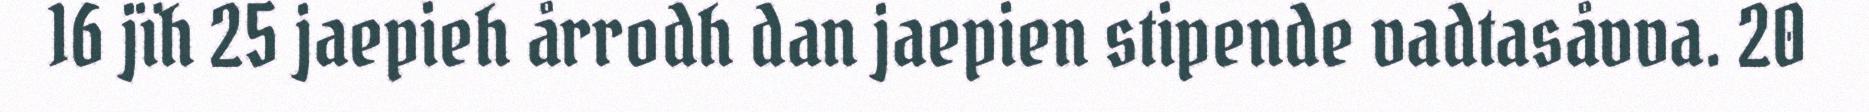
16 jïh 25 jaepieh årrodh dan jaepien stipende vadtasåvva. 20